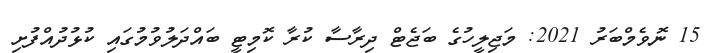
15 ނޮވެމްބަރު 2021: މަޖިލީހުގެ ބަޖެޓް ދިރާސާ ކުރާ ކޮމިޓީ ބައްދަލުވުމުގައި ކުޅުދުއްފުށި